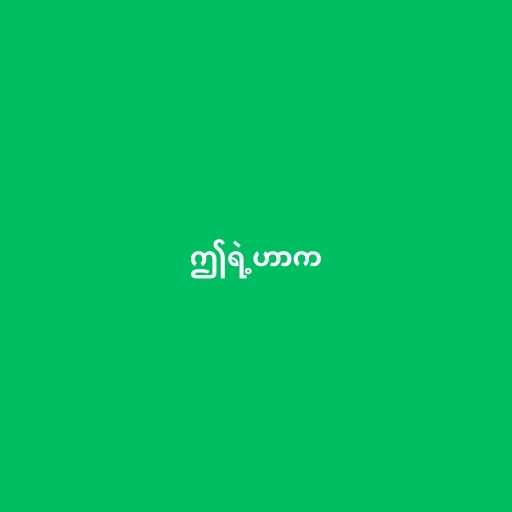
ဤရဲ့ဟာက